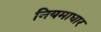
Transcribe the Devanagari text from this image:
नियमाधार